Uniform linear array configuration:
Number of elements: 16
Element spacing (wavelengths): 0.25
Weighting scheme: uniform
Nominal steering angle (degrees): -45
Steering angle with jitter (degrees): -44.389
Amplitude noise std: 0.05
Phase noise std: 0.05

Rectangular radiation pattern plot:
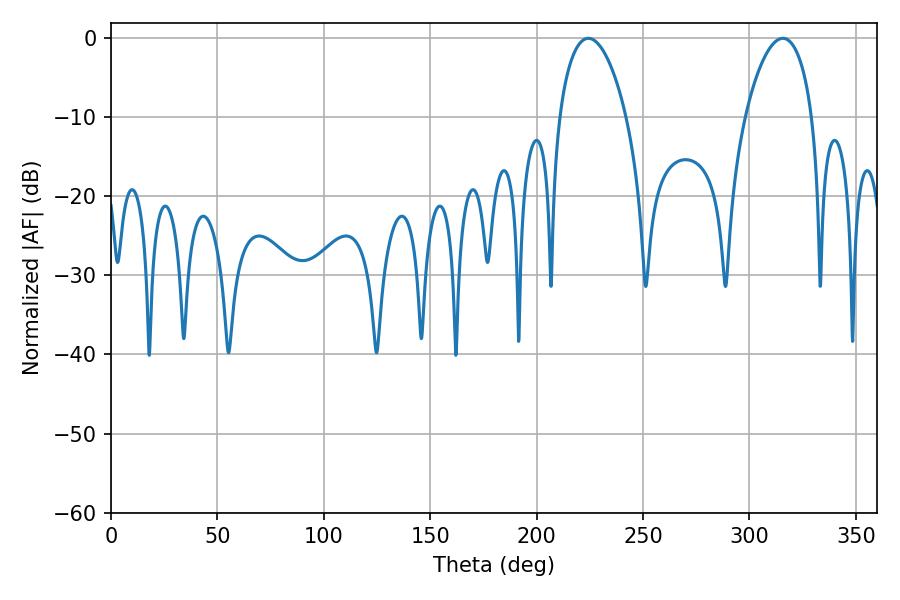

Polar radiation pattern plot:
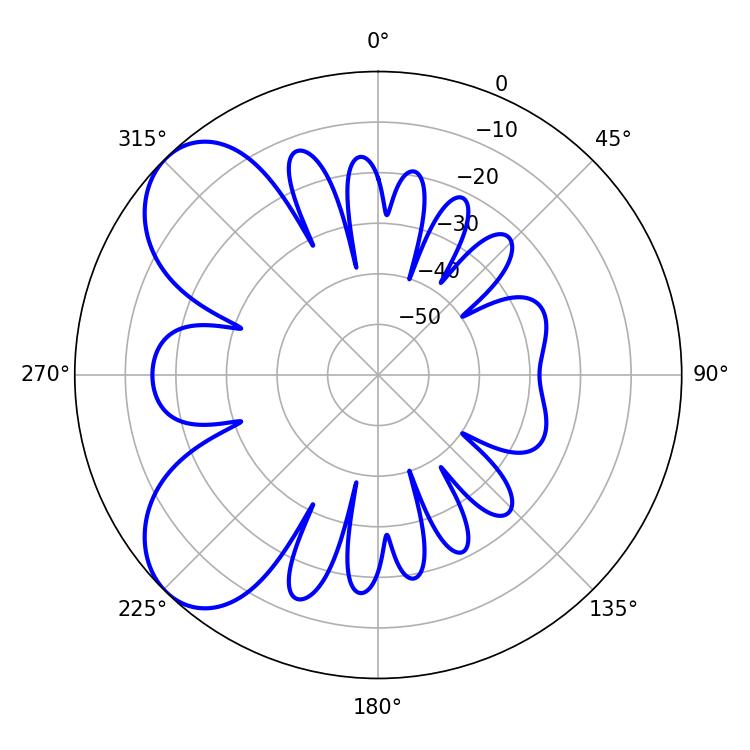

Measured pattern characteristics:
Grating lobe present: FALSE
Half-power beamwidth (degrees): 17.82
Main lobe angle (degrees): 224.28